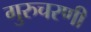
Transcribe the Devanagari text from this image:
गुरुचरणी